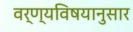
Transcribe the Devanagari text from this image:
वर्ण्यविषयानुसार